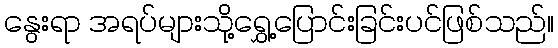
နွေးရာ အရပ်များသို့ရွှေ့ပြောင်းခြင်းပင်ဖြစ်သည်။